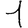
Digit: 1